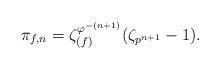
\begin{align*}\pi_{f, n} = \zeta_{(f)}^{\varphi^{-(n+1)}} (\zeta_{p^{n+1}}-1).\end{align*}